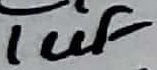
Text: 1uF